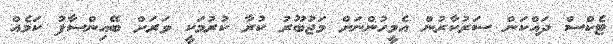
ޓެކްސް ދައްކަން ސަރުކާރުން އެމީހުންނަށް މަޖުބޫރު ކުރާ ކުރުމަކީ ވަރަށް ބޭއިންސާފު ކަމެއް